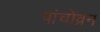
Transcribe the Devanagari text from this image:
पांचोव्रन